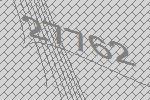
27762